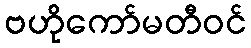
ဗဟိုကော်မတီဝင်